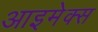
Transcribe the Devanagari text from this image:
आइमेक्स